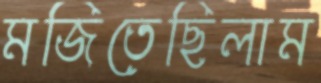
মজিতেছিলাম